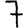
Digit: 7